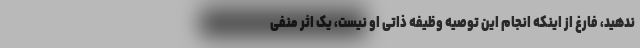
ندهید، فارغ از اینکه انجام این توصیه وظیفه ذاتی او نیست، یک اثر منفی